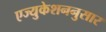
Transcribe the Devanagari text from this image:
एज्युकेशननुसार